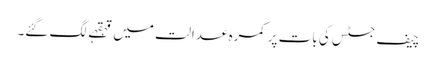
چیف جسٹس کی بات پر کمرہ عدالت میں قہقہے لگ گئے۔